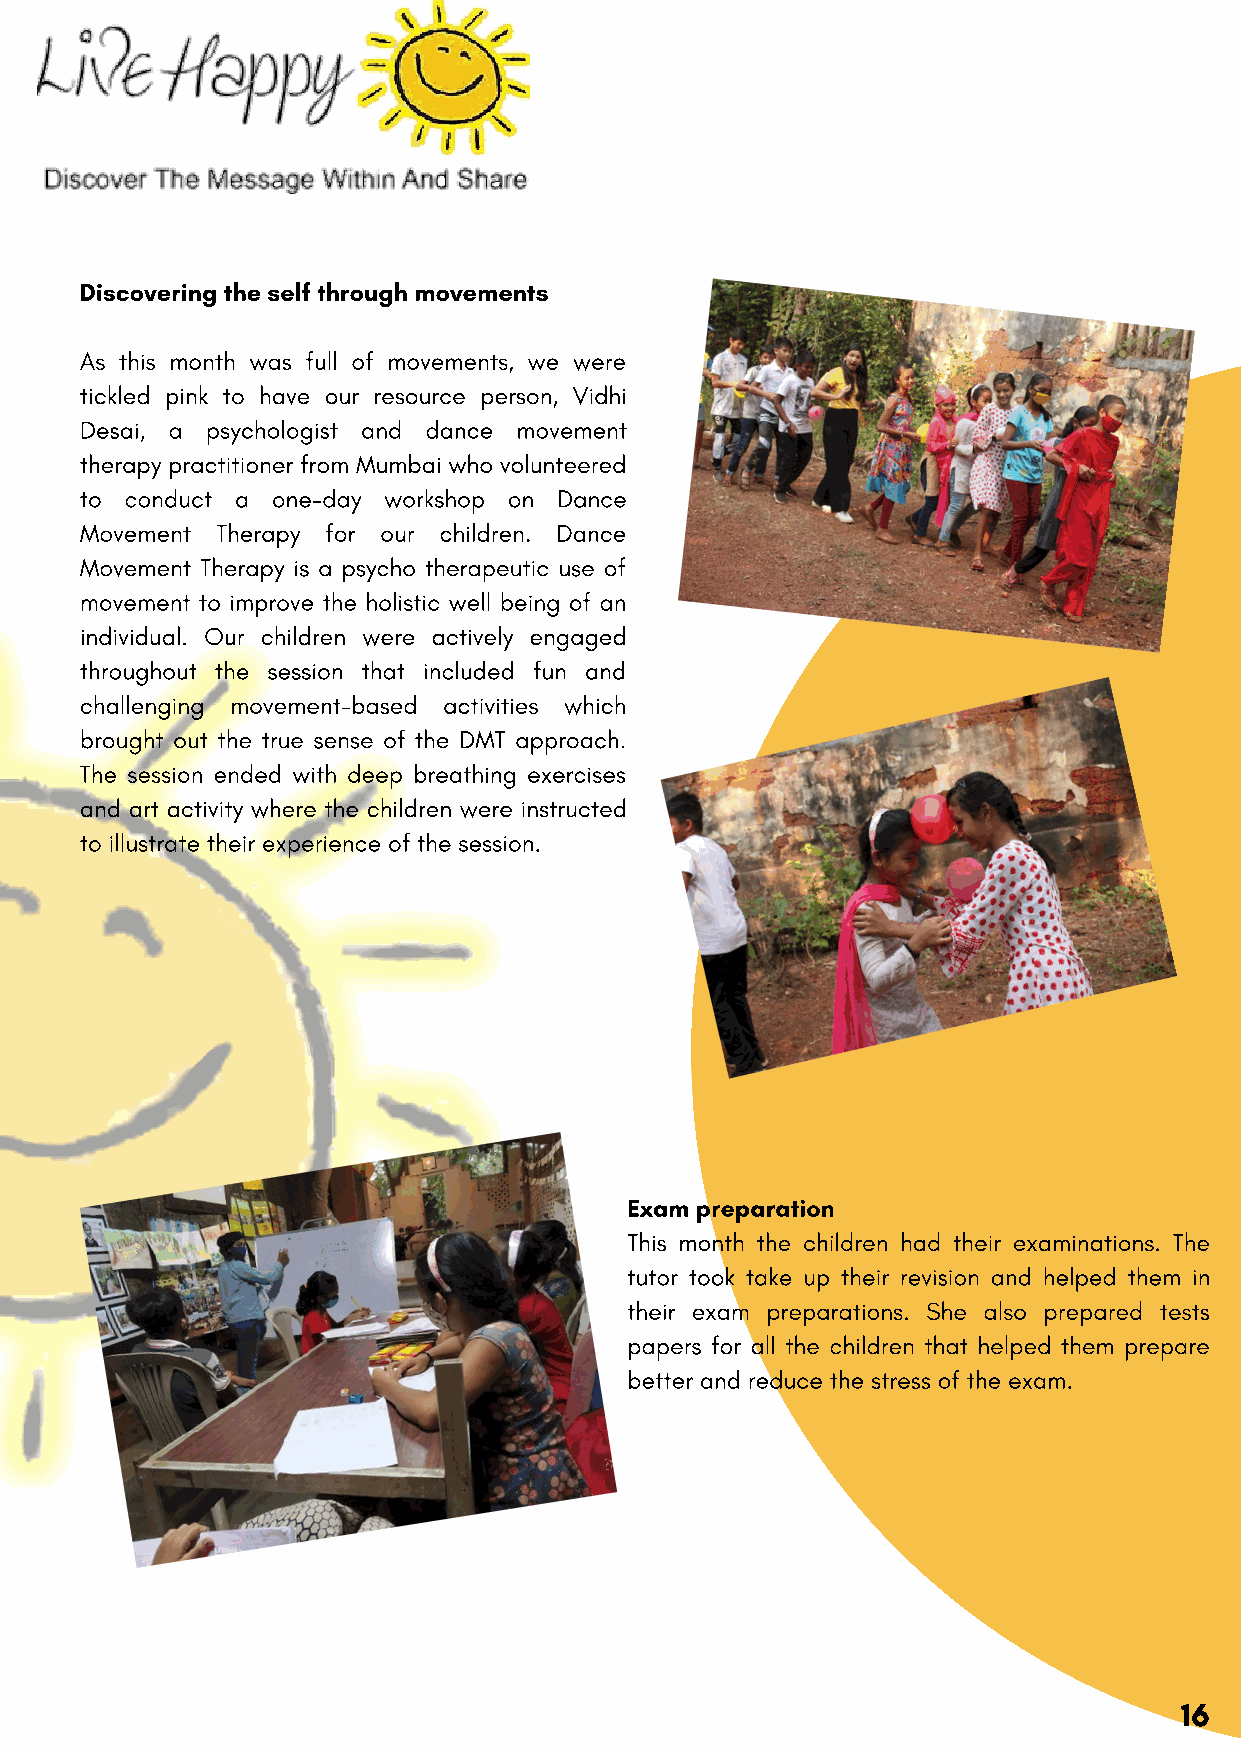
Discovering the self through movements
 As this month was full of movements, we were
 tickled pink to have our resource person, Vidhi
 Desai, a psychologist and dance movement
 therapy practitioner from Mumbai who volunteered
 to conduct a one-day workshop on Dance
 Movement Therapy for our children. Dance
 Movement Therapy is a psycho therapeutic use of
 movement to improve the holistic well being of an
 individual. Our children were actively engaged
 throughout the session that included fun and
 challenging movement-based activities which
 brought out the true sense of the DMT approach.
 The session ended with deep breathing exercises
 and art activity where the children were instructed
 to illustrate their experience of the session.
 Exam preparation
 This month the children had their examinations. The
 tutor took take up their revision and helped them in
 their exam preparations. She also prepared tests
 papers for all the children that helped them prepare
 better and reduce the stress of the exam.
 16